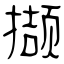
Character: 撷